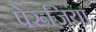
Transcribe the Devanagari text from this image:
पेरूजिया